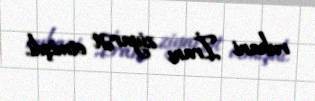
ruhani İranı ziyarət etmişdi.